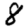
Digit: 8